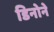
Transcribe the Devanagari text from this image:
डिनोने